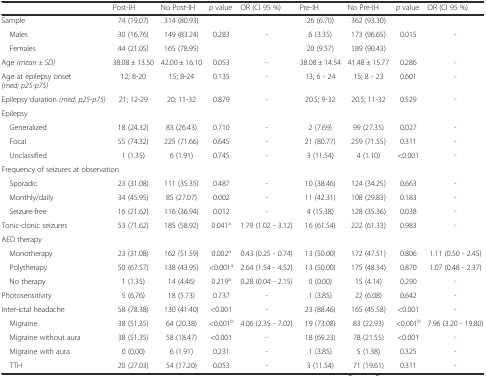
<table><thead><tr><td></td><td><b>Post-IH</b></td><td><b>No Post-IH</b></td><td><b><i>p</i> value</b></td><td><b>OR (CI 95 %)</b></td><td><b>Pre-IH</b></td><td><b>No Pre-IH</b></td><td><b><i>p</i> value</b></td><td><b>OR (CI 95 %)</b></td></tr></thead><tbody><tr><td>Sample</td><td>74 (19.07)</td><td>314 (80.93)</td><td></td><td></td><td>26 (6.70)</td><td>362 (93.30)</td><td></td><td></td></tr><tr><td> Males</td><td>30 (16.76)</td><td>149 (83.24)</td><td rowspan="2">0.283</td><td rowspan="2">-</td><td>6 (3.35)</td><td>173 (96.65)</td><td rowspan="2">0.015</td><td rowspan="2">-</td></tr><tr><td> Females</td><td>44 (21.05)</td><td>165 (78.95)</td><td>20 (9.57)</td><td>189 (90.43)</td></tr><tr><td>Age <i>(mean ± SD)</i></td><td>38.08 ± 13.50</td><td>42.00 ± 16.10</td><td>0.053</td><td>-</td><td>38.08 ± 14.54</td><td>41.48 ± 15.77</td><td>0.286</td><td>-</td></tr><tr><td>Age at epilepsy onset <i>(med; p25-p75)</i></td><td>12; 8-20</td><td>15; 8-24</td><td>0.135</td><td>-</td><td>13; 6 - 24</td><td>15; 8 - 23</td><td>0.601</td><td>-</td></tr><tr><td>Epilepsy duration <i>(med; p25-p75)</i></td><td>21; 12-29</td><td>20; 11-32</td><td>0.879</td><td>-</td><td>20.5; 9-32</td><td>20.5; 11-32</td><td>0.529</td><td>-</td></tr><tr><td colspan="9">Epilepsy</td></tr><tr><td> Generalized</td><td>18 (24.32)</td><td>83 (26.43)</td><td>0.710</td><td>-</td><td>2 (7.69)</td><td>99 (27.35)</td><td>0.027</td><td>-</td></tr><tr><td> Focal</td><td>55 (74.32)</td><td>225 (71.66)</td><td>0.645</td><td>-</td><td>21 (80.77)</td><td>259 (71.55)</td><td>0.311</td><td>-</td></tr><tr><td> Unclassified</td><td>1 (1.35)</td><td>6 (1.91)</td><td>0.745</td><td>-</td><td>3 (11.54)</td><td>4 (1.10)</td><td>&lt;0.001</td><td>-</td></tr><tr><td colspan="9">Frequency of seizures at observation</td></tr><tr><td> Sporadic</td><td>23 (31.08)</td><td>111 (35.35)</td><td>0.487</td><td>-</td><td>10 (38.46)</td><td>124 (34.25)</td><td>0.663</td><td>-</td></tr><tr><td> Monthly/daily</td><td>34 (45.95)</td><td>85 (27.07)</td><td>0.002</td><td>-</td><td>11 (42.31)</td><td>108 (29.83)</td><td>0.183</td><td>-</td></tr><tr><td> Seizure-free</td><td>16 (21.62)</td><td>116 (36.94)</td><td>0.012</td><td>-</td><td>4 (15.38)</td><td>128 (35.36)</td><td>0.038</td><td>-</td></tr><tr><td>Tonic-clonic seizures</td><td>53 (71.62)</td><td>185 (58.92)</td><td>0.041<sup>a</sup></td><td>1.79 (1.02 - 3.12)</td><td>16 (61.54)</td><td>222 (61.33)</td><td>0.983</td><td>-</td></tr><tr><td colspan="9">AED therapy</td></tr><tr><td> Monotherapy</td><td>23 (31.08)</td><td>162 (51.59)</td><td>0.002<sup>a</sup></td><td>0.43 (0.25 - 0.74)</td><td>13 (50.00)</td><td>172 (47.51)</td><td>0.806</td><td>1.11 (0.50 - 2.45)</td></tr><tr><td> Polytherapy</td><td>50 (67.57)</td><td>138 (43.95)</td><td>&lt;0.001<sup>a</sup></td><td>2.64 (1.54 - 4.52)</td><td>13 (50.00)</td><td>175 (48.34)</td><td>0.870</td><td>1.07 (0.48 - 2.37)</td></tr><tr><td> No therapy</td><td>1 (1.35)</td><td>14 (4.46)</td><td>0.219<sup>a</sup></td><td>0.28 (0.04 - 2.15)</td><td>0 (0.00)</td><td>15 (4.14)</td><td>0.290</td><td>-</td></tr><tr><td>Photosensitivity</td><td>5 (6.76)</td><td>18 (5.73)</td><td>0.737</td><td>-</td><td>1 (3.85)</td><td>22 (6.08)</td><td>0.642</td><td>-</td></tr><tr><td>Inter-ictal headache</td><td>58 (78.38)</td><td>130 (41.40)</td><td>&lt;0.001</td><td>-</td><td>23 (88.46)</td><td>165 (45.58)</td><td>&lt;0.001</td><td>-</td></tr><tr><td> Migraine</td><td>38 (51.35)</td><td>64 (20.38)</td><td>&lt;0.001<sup>b</sup></td><td>4.06 (2.35 - 7.02)</td><td>19 (73.08)</td><td>83 (22.93)</td><td>&lt;0.001<sup>b</sup></td><td>7.96 (3.20 - 19.80)</td></tr><tr><td> Migraine without aura</td><td>38 (51.35)</td><td>58 (18.47)</td><td>&lt;0.001</td><td>-</td><td>18 (69.23)</td><td>78 (21.55)</td><td>&lt;0.001</td><td>-</td></tr><tr><td> Migraine with aura</td><td>0 (0.00)</td><td>6 (1.91)</td><td>0.231</td><td>-</td><td>1 (3.85)</td><td>5 (1.38)</td><td>0.325</td><td>-</td></tr><tr><td> TTH</td><td>20 (27.03)</td><td>54 (17.20)</td><td>0.053</td><td>-</td><td>3 (11.54)</td><td>71 (19.61)</td><td>0.311</td><td>-</td></tr></tbody></table>